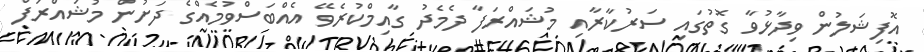
އޮފިޝަލުން ވިދާޅުވާ ގޮތުގައި ސަރުކާރާއި މުޝައްރަފާ ދެމެދު ގާއިމްކުރެވޭ އެއްބަސްވުމެއްގެ ދަށުން މުޝައްރަފް